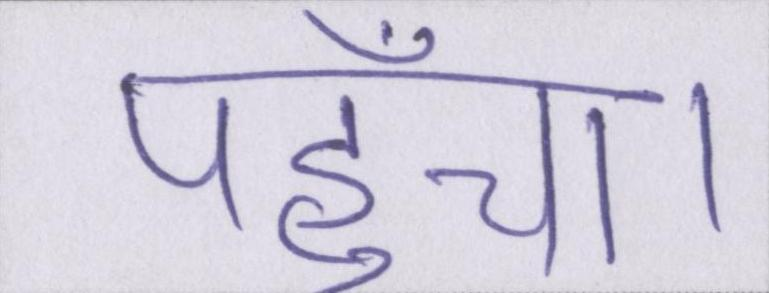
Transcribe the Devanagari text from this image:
पहुँचा।